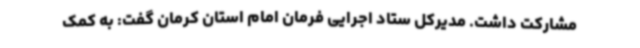
مشارکت داشت. مدیرکل ستاد اجرایی فرمان امام استان کرمان گفت: به کمک